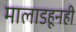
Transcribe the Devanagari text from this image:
मालाडहूनही